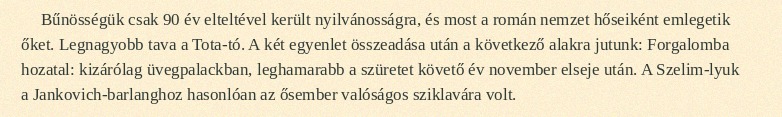
Bűnösségük csak 90 év elteltével került nyilvánosságra, és most a román nemzet hőseiként emlegetik őket. Legnagyobb tava a Tota-tó. A két egyenlet összeadása után a következő alakra jutunk: Forgalomba hozatal: kizárólag üvegpalackban, leghamarabb a szüretet követő év november elseje után. A Szelim-lyuk a Jankovich-barlanghoz hasonlóan az ősember valóságos sziklavára volt.